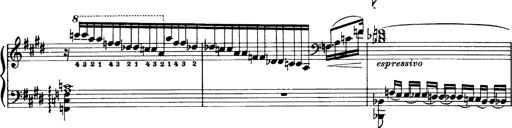
Title: OuvertÃ¼re zu TannhÃ¤user
Composer: Franz Liszt